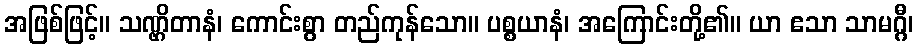
အဖြစ်ဖြင့်။ သဏ္ဌိတာနံ၊ ကောင်းစွာ တည်ကုန်သော။ ပစ္စယာနံ၊ အကြောင်းတို့၏။ ယာ ဧသာ သာမဂ္ဂီ၊